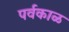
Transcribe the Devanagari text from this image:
पर्वकाळ